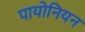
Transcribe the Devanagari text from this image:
पायोनियन